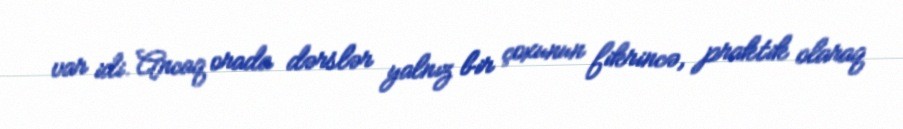
var idi. Ancaq orada dərslər yalnız bir çoxunun fikrincə, praktik olaraq